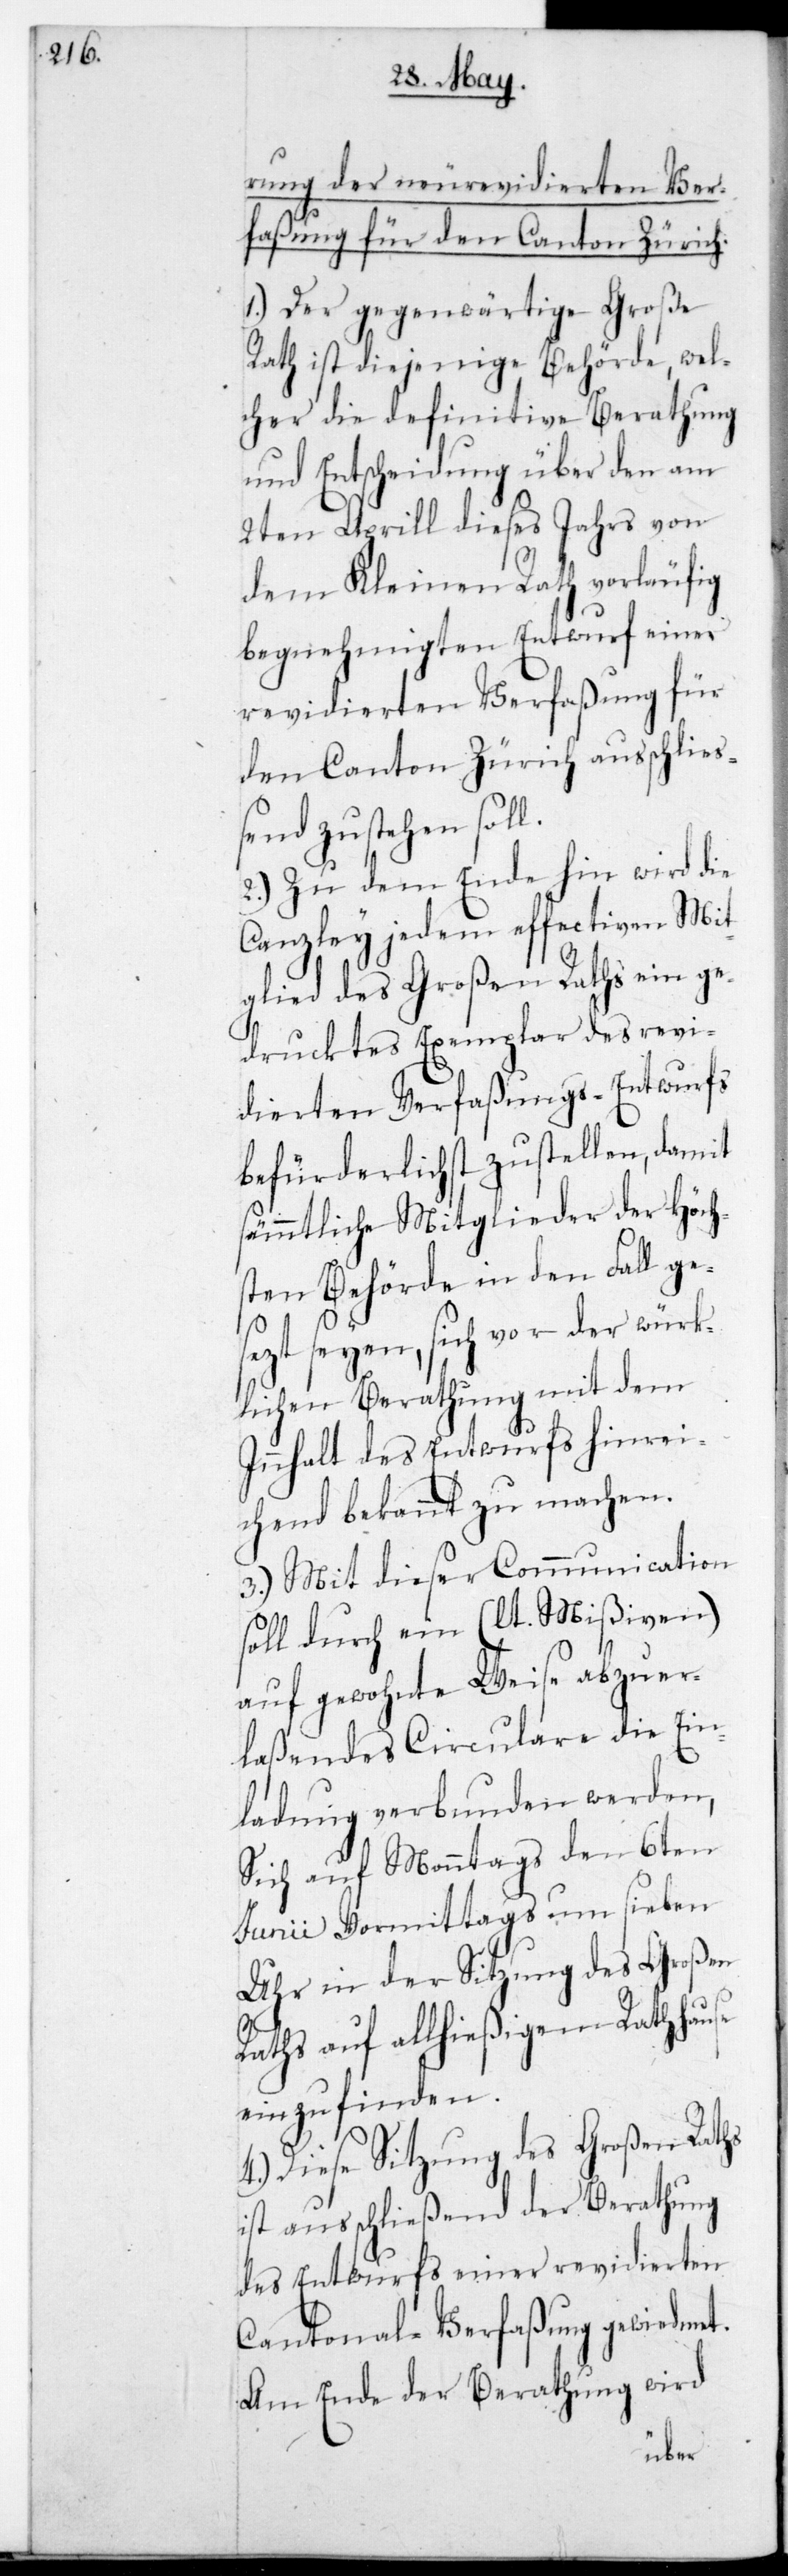
rung der neu revidierten Ver¬
faßung für den Canton Zürich.
1). Der gegenwärtige Große
Rath ist diejenige Behörde, wel¬
cher die definitive Berathung
und Entscheidung über den am
2ten Aprill dieses Jahrs von
dem Kleinen Rath vorläufig
begnehmigten Entwurf einer
revidierten Verfaßung für
den Canton Zürich ausschließ¬
end zustehen soll.
2.) Zu dem Ende hin wird die
Canzley jedem effectiven Mit¬
glied des Großen Raths ein ge¬
drucktes Exemplar des revi¬
dierten Verfaßung-Entwurfs
befürderlichst zustellen, damit
sämmtliche Mitglieder der Höch¬
sten Behörde in den Fall ge¬
sezt seyen, sich vor der würk¬
lichen Berathung mit dem
Innhalt des Entwurfs hinrei¬
chend bekannt zu machen.
3.) Mit dieser Communication
soll durch ein (lt. Mißiven)
auf gewohnte Weise abzuer¬
laßendes Circulare die Ein¬
ladung verbunden werden,
sich auf Montags den 6ten
Junii vormittags um sieben
Uhr in der Sitzung des Großen
Raths auf allhießigem Rathause
einzufinden.
4.) Diese Sitzung des Großen Raths
ist ausschließend der Berathung
des Entwurfs einer revidierten
Cantonal-Verfaßung gewiedmet.
Am Ende der Berathung wird